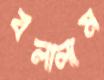
বলালাম